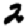
Digit: 2